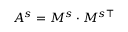
A ^ { s } = M ^ { s } \cdot M ^ { s \top }